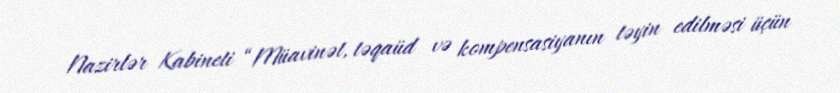
Nazirlər Kabineti “Müavinət, təqaüd və kompensasiyanın təyin edilməsi üçün